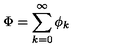
\Phi = \sum _ { k = 0 } ^ { \infty } \phi _ { k }